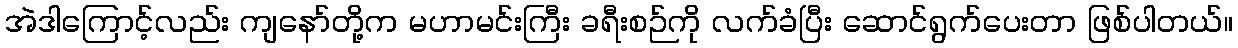
အဲဒါကြောင့်လည်း ကျနော်တို့က မဟာမင်းကြီး ခရီးစဉ်ကို လက်ခံပြီး ဆောင်ရွက်ပေးတာ ဖြစ်ပါတယ်။